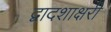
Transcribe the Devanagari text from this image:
द्वादशाक्षरी